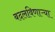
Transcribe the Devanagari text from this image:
बदलविणाऱ्या